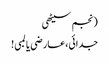
(نجم سیٹھی
جدائی،عارضی یا لمبی!